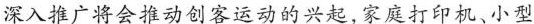
深入推广将会推动创客运动的兴起,家庭打印机、小型